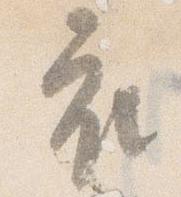
衣